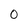
Character: O